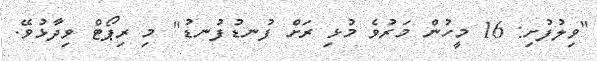
"ވިލުފުށި: 16 މީހުން މަރުވެ މުޅި ރަށް ފުނޑުފުނޑު" މި ރިޕޯޓް ވިދާޅުވޭ.